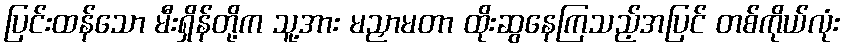
ပြင်းထန်သော မီးရှိန်တို့က သူ့အား မညှာမတာ ထိုးဆွနေကြသည့်အပြင် တစ်ကိုယ်လုံး